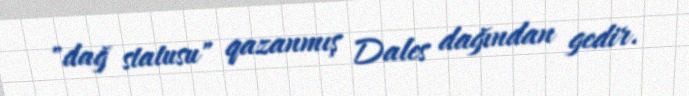
"dağ statusu" qazanmış Dales dağından gedir.